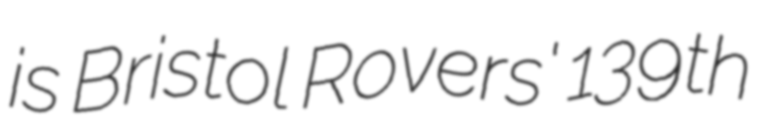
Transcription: is Bristol Rovers' 139th